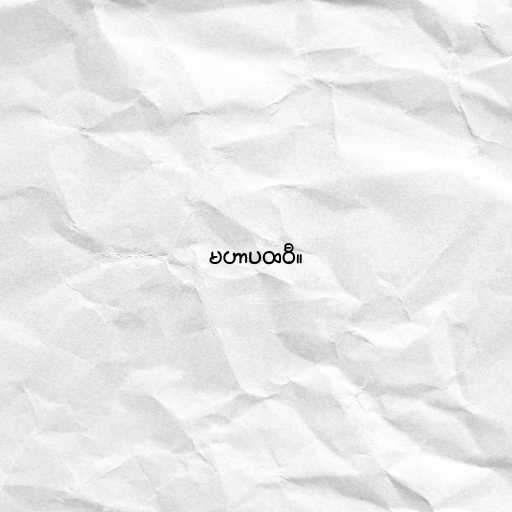
မဟာပထဝီ။